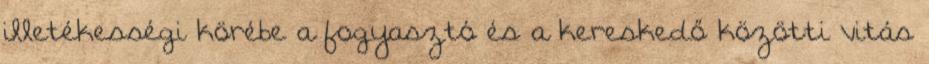
illetékességi körébe a fogyasztó és a kereskedő közötti vitás